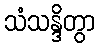
သံသန္ဒိတွာ